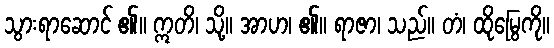
သွားရာဆောင် ၏။ ဣတိ၊ သို့။ အာဟ၊ ၏။ ရာဇာ၊ သည်။ တံ၊ ထိုမြွေကို။